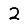
Digit: 2